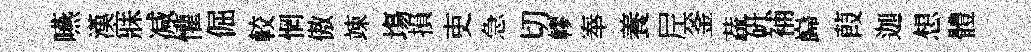
嚥漢寐减懽倔較惘傲竦塲損吏急切轇奉養𡰱釜蔬硏補巋葭迦想體